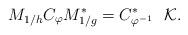
LaTeX: \begin{align*}M_{1/h}C_{\varphi}M^{*}_{1/g} = C_{\varphi^{-1}}^{*} \ \ \mathcal{K}.\end{align*}